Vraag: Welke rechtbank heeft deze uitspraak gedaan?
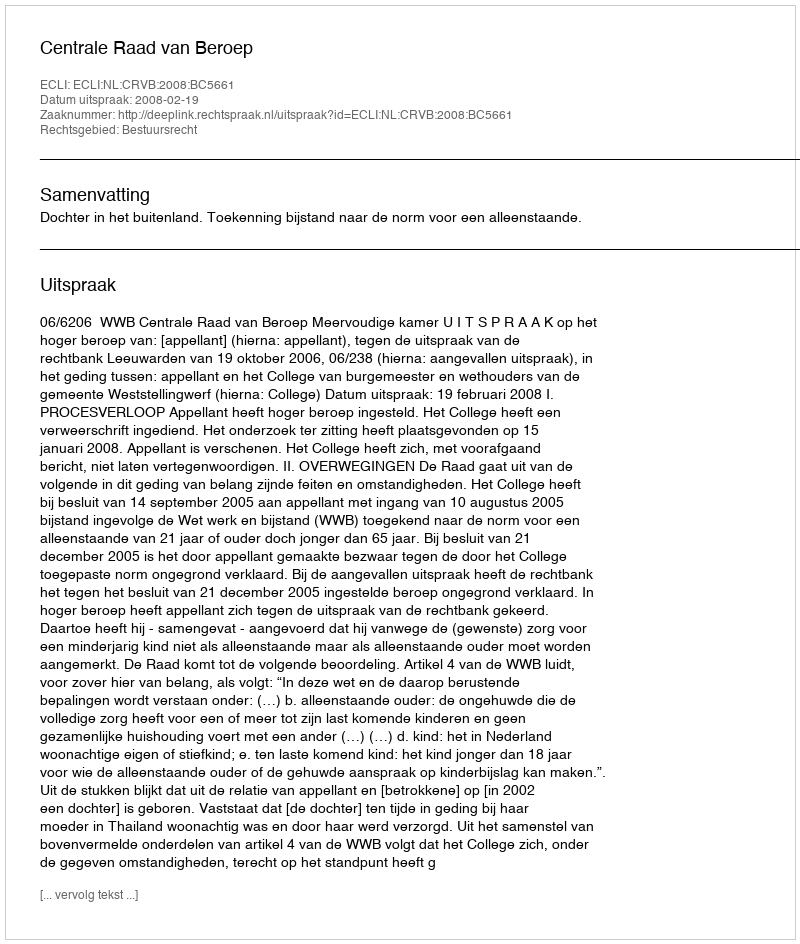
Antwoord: Centrale Raad van Beroep